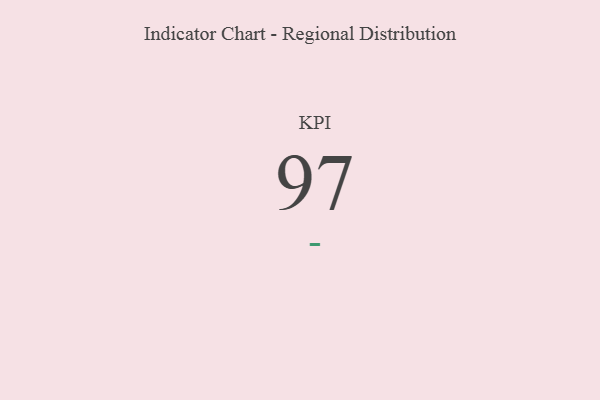
{"axis": {"x": "KPI", "y": "Value"}, "legend": [""], "data": [{"x": "KPI", "y": 97, "type": ""}]}